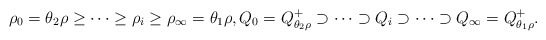
\begin{align*}\rho_0=\theta_2\rho \geq \cdots \geq \rho_i \geq \rho_\infty=\theta_1 \rho,Q_0=Q^+_{\theta_2\rho} \supset \cdots \supset Q_i \supset \cdots \supset Q_\infty=Q^+_{\theta_1\rho}.\end{align*}